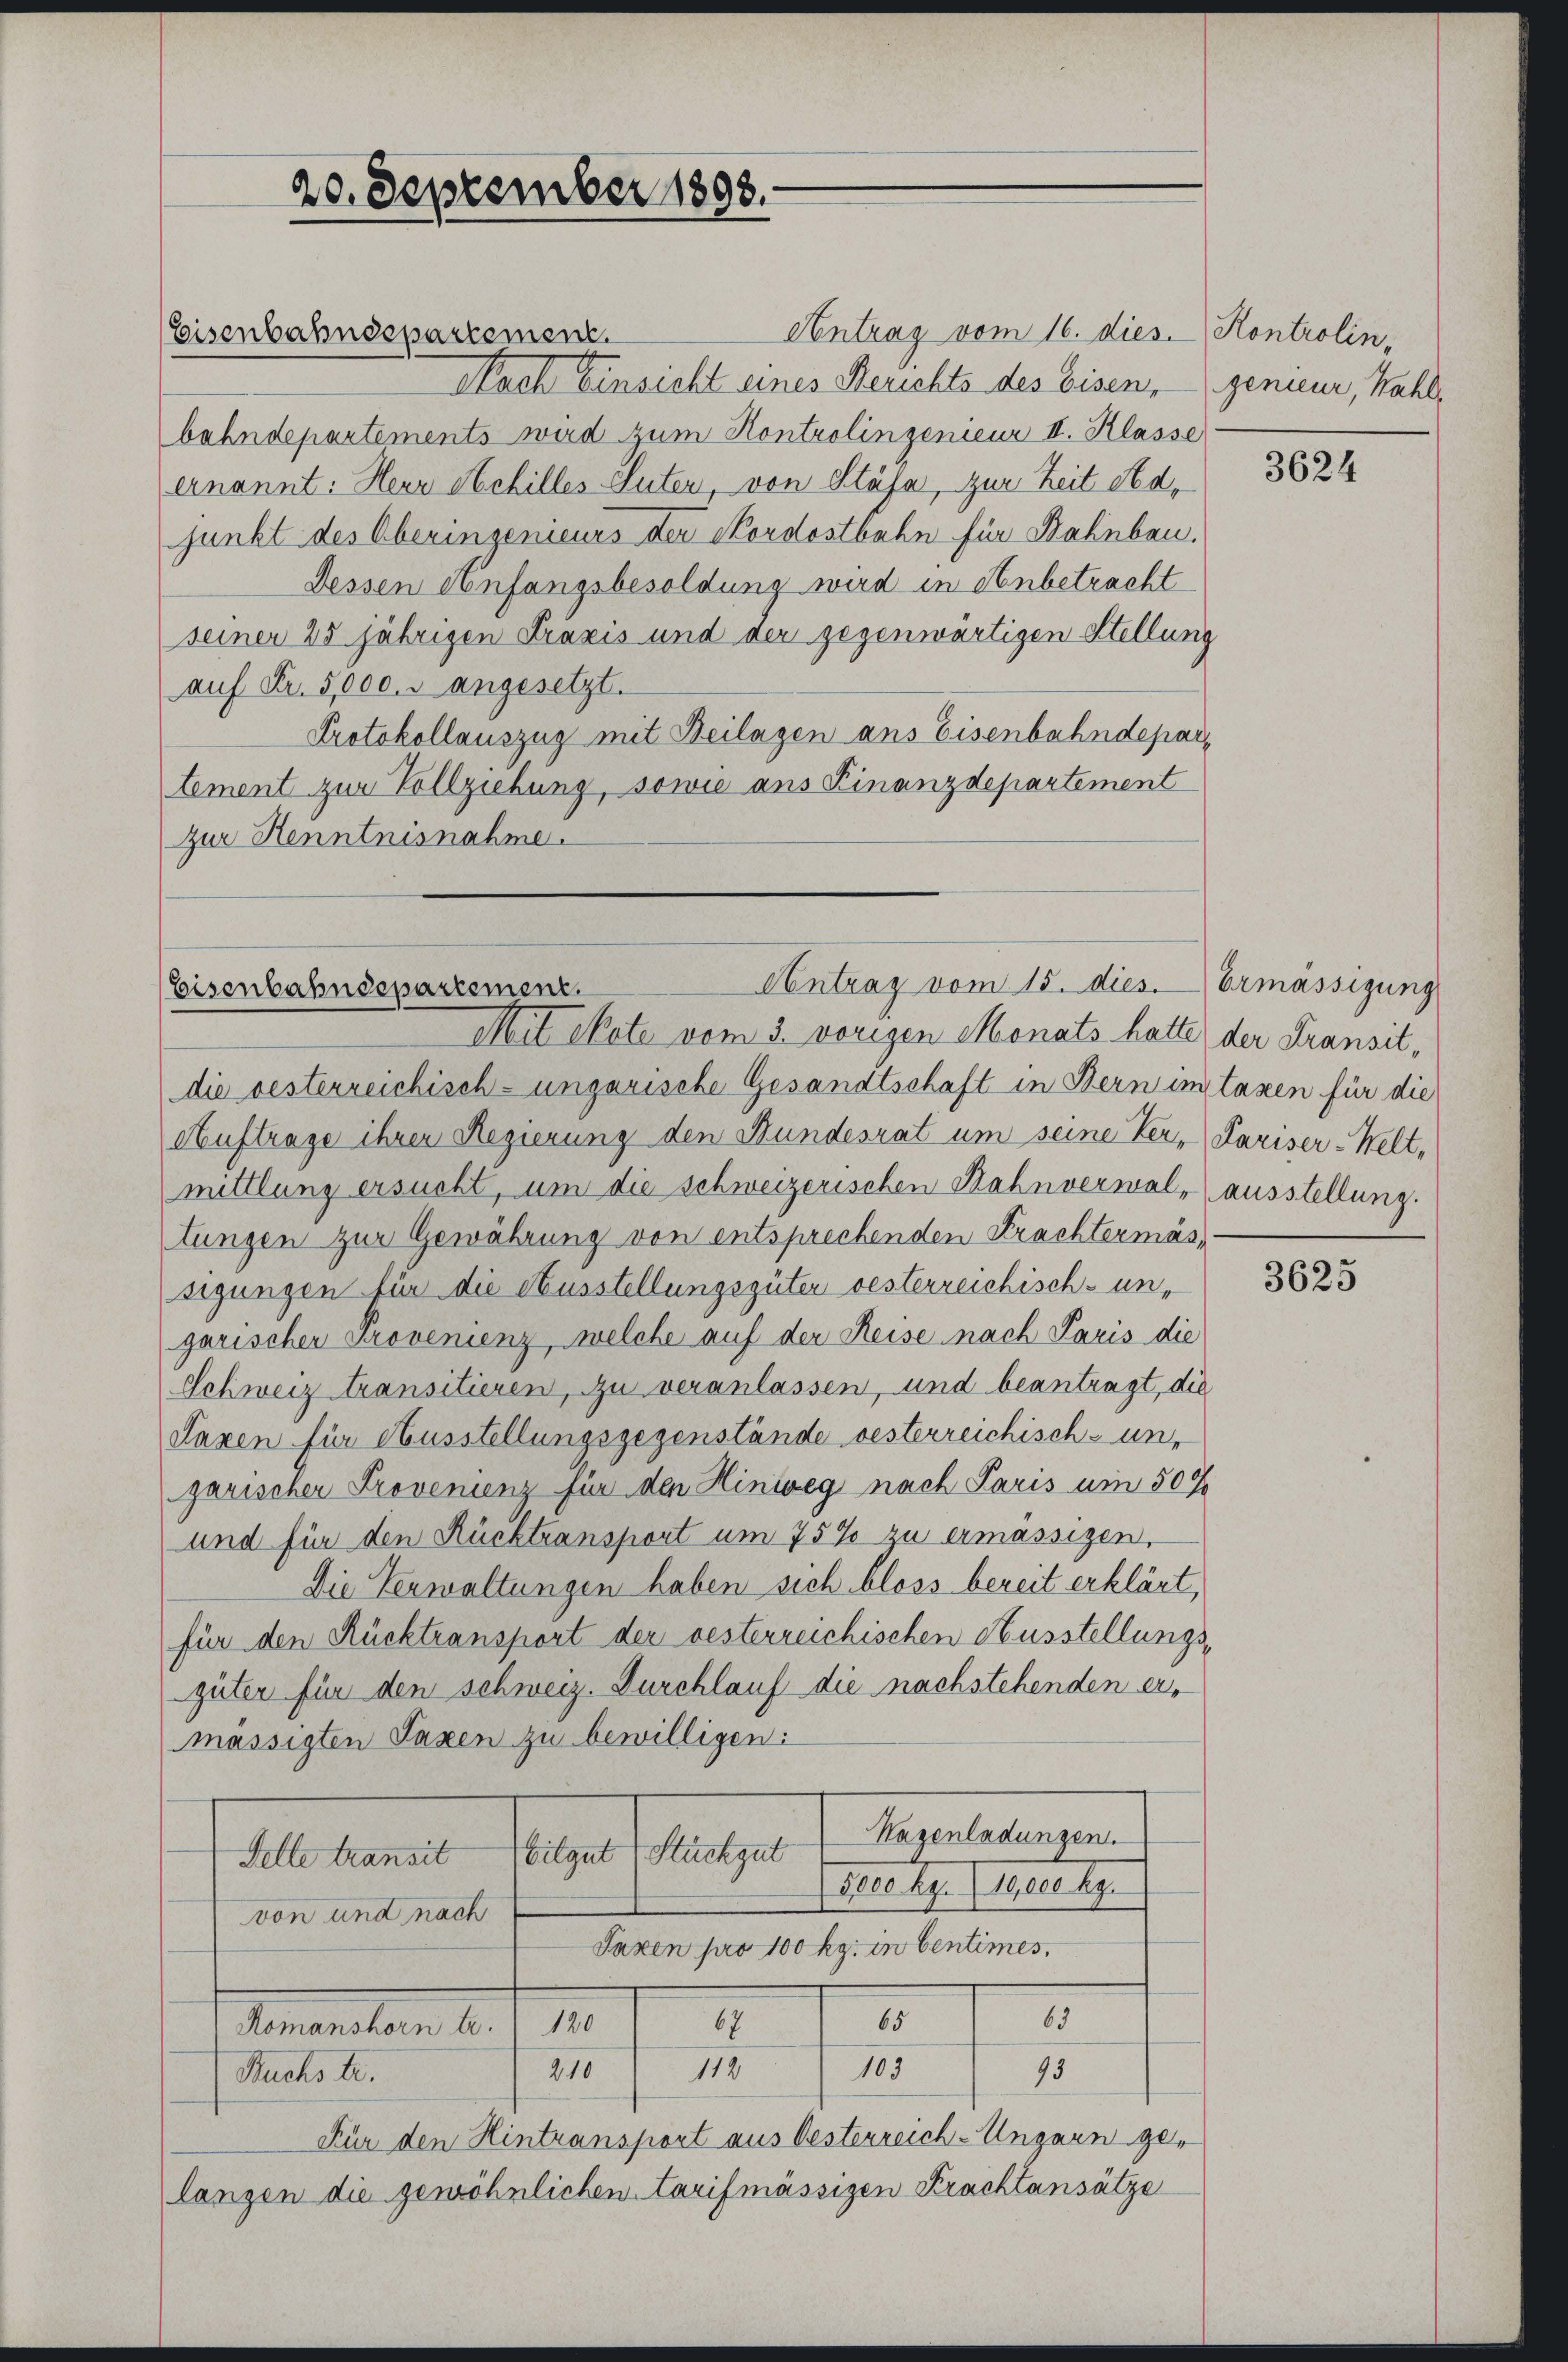
Eisenbahndepartement.

20. September 1893.

Contrag vom 15. dies. Ermässigung
Eisenbahndepartement.
Mit ekote vom 3. vorigen Monats hatte der Fransit¬

Antrag vom 16. dies. Kontrolin,
Nach Einsicht eines Berichts des Eisen, genieur, Wahlbahndepartements wird zum Kontrolingenieur II. Klasse
ernannt: Herr Schilles Stuten, von Stäfa, zur Zeit Adjunkt des Oberingenieurs der Nordostbahn für Bahnbau.
Dessen Anfangsbesoldung wird in Anbetracht
seiner 25 jährigen Praxis und der gegenwärtigen Stellung
auf Fr. 5,000. angesetzt.
Protokollauszug mit Beilagen ans Eisenbahndepar
tement zur Vollziehung, sowie aus Finanzdepartement
zur Kenntnisnahme.

die besterreichisch-ungarische Gesandtschaft in Bern imstaxen für die
Auftrage ihrer Regierung den Bundesrat um seine Ver-Pariser-Welt-
mittlung ersucht, um die schweizerischen Bahnverwal-ausstellung.
tungen zur Gewährung von entsprechenden Frachtermässigungen für die Ausstellungsgüter oesterreichisch-ungarischer Provenienz, welche auf der Reise nach Paris die
Schweiz transitieren, zu veranlassen, und beantragt, die
Taxen für Ausstellungsgegenstände vesterreichisch-un-
garischer Provenienz für den Hinweg nach Paris um 50 x
und für den Rücktransport um 75% zu ermässigen,
Die Verwaltungen haben sich bloss bereit erklärt,
für den Rücktransport der oesterreichischen Ausstellungs-
güter für den schweiz. Durchlauf die nachstehenden ermässigten Taxen zu bewilligen:
Hagenladungen.
age ange
Selte transit
doco kg. Geser k.
von und nach
Saxen pro 100 kg. in Centimes,
63
65
67
Donsulam 18. d. 1
210
118
105
93
Buchs tr.
Für den Hintransport aus Oesterreich-Ungarn gelangen die gewöhnlichen Tarifmässigen Krachtansätze

3624

3625